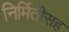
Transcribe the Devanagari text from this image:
निर्मितीसह